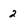
Character: 2